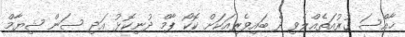
ޚާއްސަ ގުރުއަތެއްލެވި ދެ ބައިވެރިއަކަށް ކޮކޯ ޕާމް ދުނިކޮޅު އަދި ސަން ޝިޔާމް